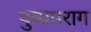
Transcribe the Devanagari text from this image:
पुष्पपराग